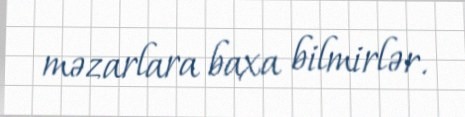
məzarlara baxa bilmirlər.